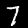
Digit: 7